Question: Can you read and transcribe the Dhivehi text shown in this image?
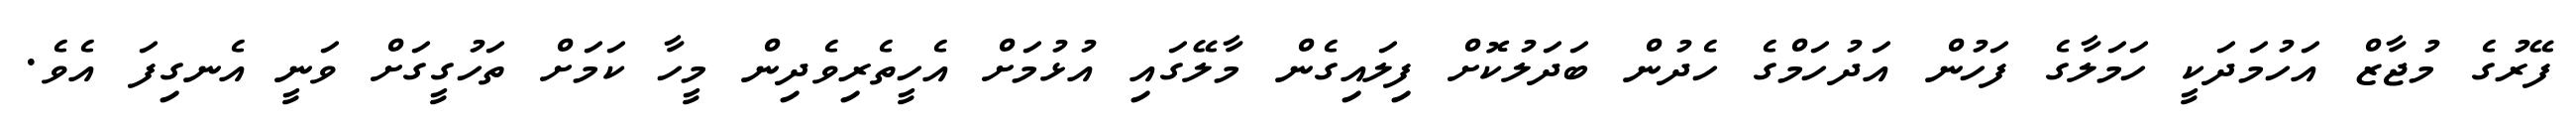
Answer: ފޭރުގެ މުޖާޒް އަހުމަދަކީ ހަމަލާގެ ފަހުން އަދުހަމްގެ ހެދުން ބަދަލުކޮށް ފިލައިގެން މާލޭގައި އުޅުމަށް އެހީތެރިވެދިން މީހާ ކަމަށް ތަހުގީގަށް ވަނީ އެނގިފަ އެވެ.